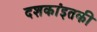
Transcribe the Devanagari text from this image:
दशकांइतकी